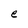
Character: e